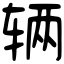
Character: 辆